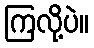
ကြလို့ပဲ။